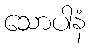
သောပါနံ